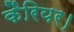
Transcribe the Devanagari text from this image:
कैरियर।